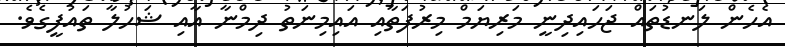
އެހެން ލަނޑުތައް ޖަހައިދިނީ މަރިޔަމް މިރުފަތާއި އައިމިނަތު ދިމްނާ އާއި ޝަހުލާ ތައުފީގެވެ.